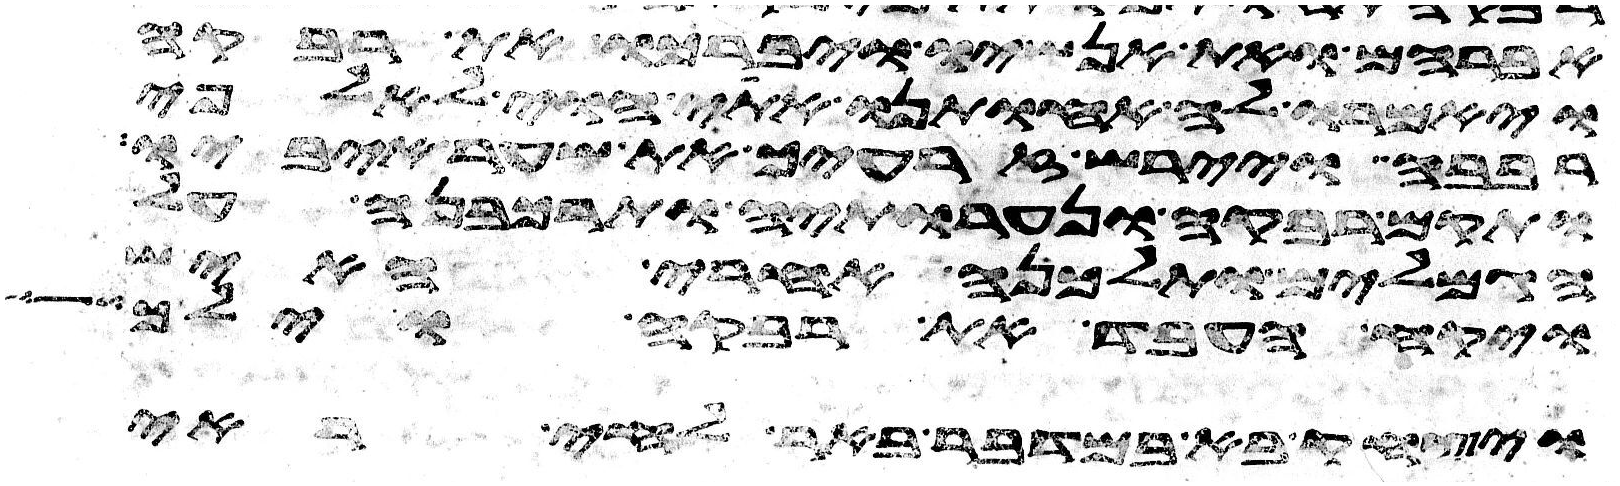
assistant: אברהם ואת אנשיו ויברכו את רבקה
ויאמרו לה אחותנו אתי הוי לאלפי
רבבה ויירש זרעיך את שער איביו
ותקם רבקה ונערתיה ותרכבנה על
הגמלים ותלכנה אחרי האיש
ויקח העבד את רבקה וילך
ויצחק בא במדבר באר לחי ראה